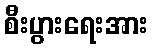
စီးပွားရေးအား